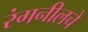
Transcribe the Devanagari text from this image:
रंगनीलचे